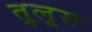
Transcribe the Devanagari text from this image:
तुलूस